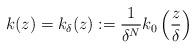
LaTeX: \begin{align*} k(z)=k_{\delta}(z):= \frac1{\delta^N}k_0\left(\frac{z}{\delta}\right) \end{align*}